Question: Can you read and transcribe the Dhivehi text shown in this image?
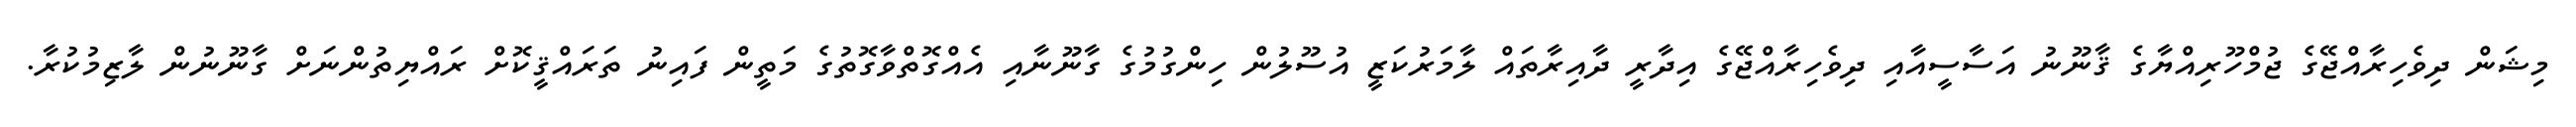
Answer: މިޝަން ދިވެހިރާއްޖޭގެ ޖުމްހޫރިއްޔާގެ ޤާނޫނު އަސާސީއާއި ދިވެހިރާއްޖޭގެ އިދާރީ ދާއިރާތައް ލާމަރުކަޒީ އުސޫލުން ހިންގުމުގެ ގާނޫނާއި އެއްގޮތްވާގޮތުގެ މަތީން ފައިނު ތަރައްޤީކޮށް ރައްޔިތުންނަށް ގާނޫނުން ލާޒިމުކުރާ.